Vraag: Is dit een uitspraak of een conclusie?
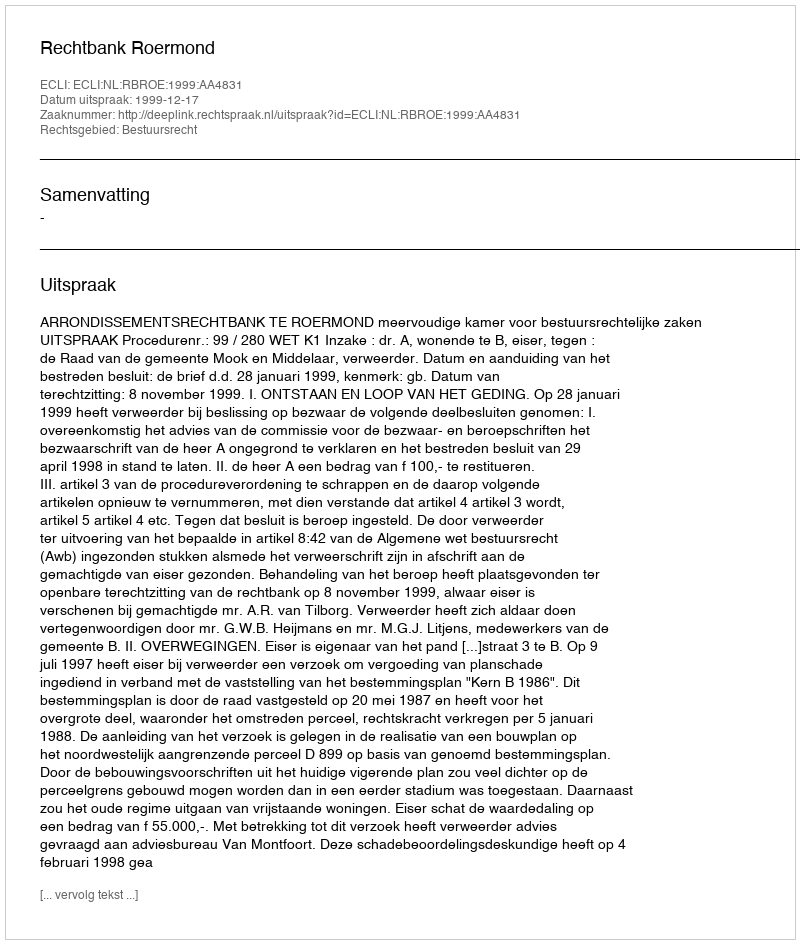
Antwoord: Uitspraak